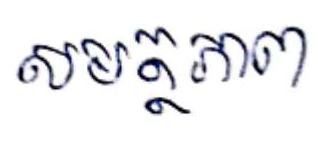
សមត្ថភាព